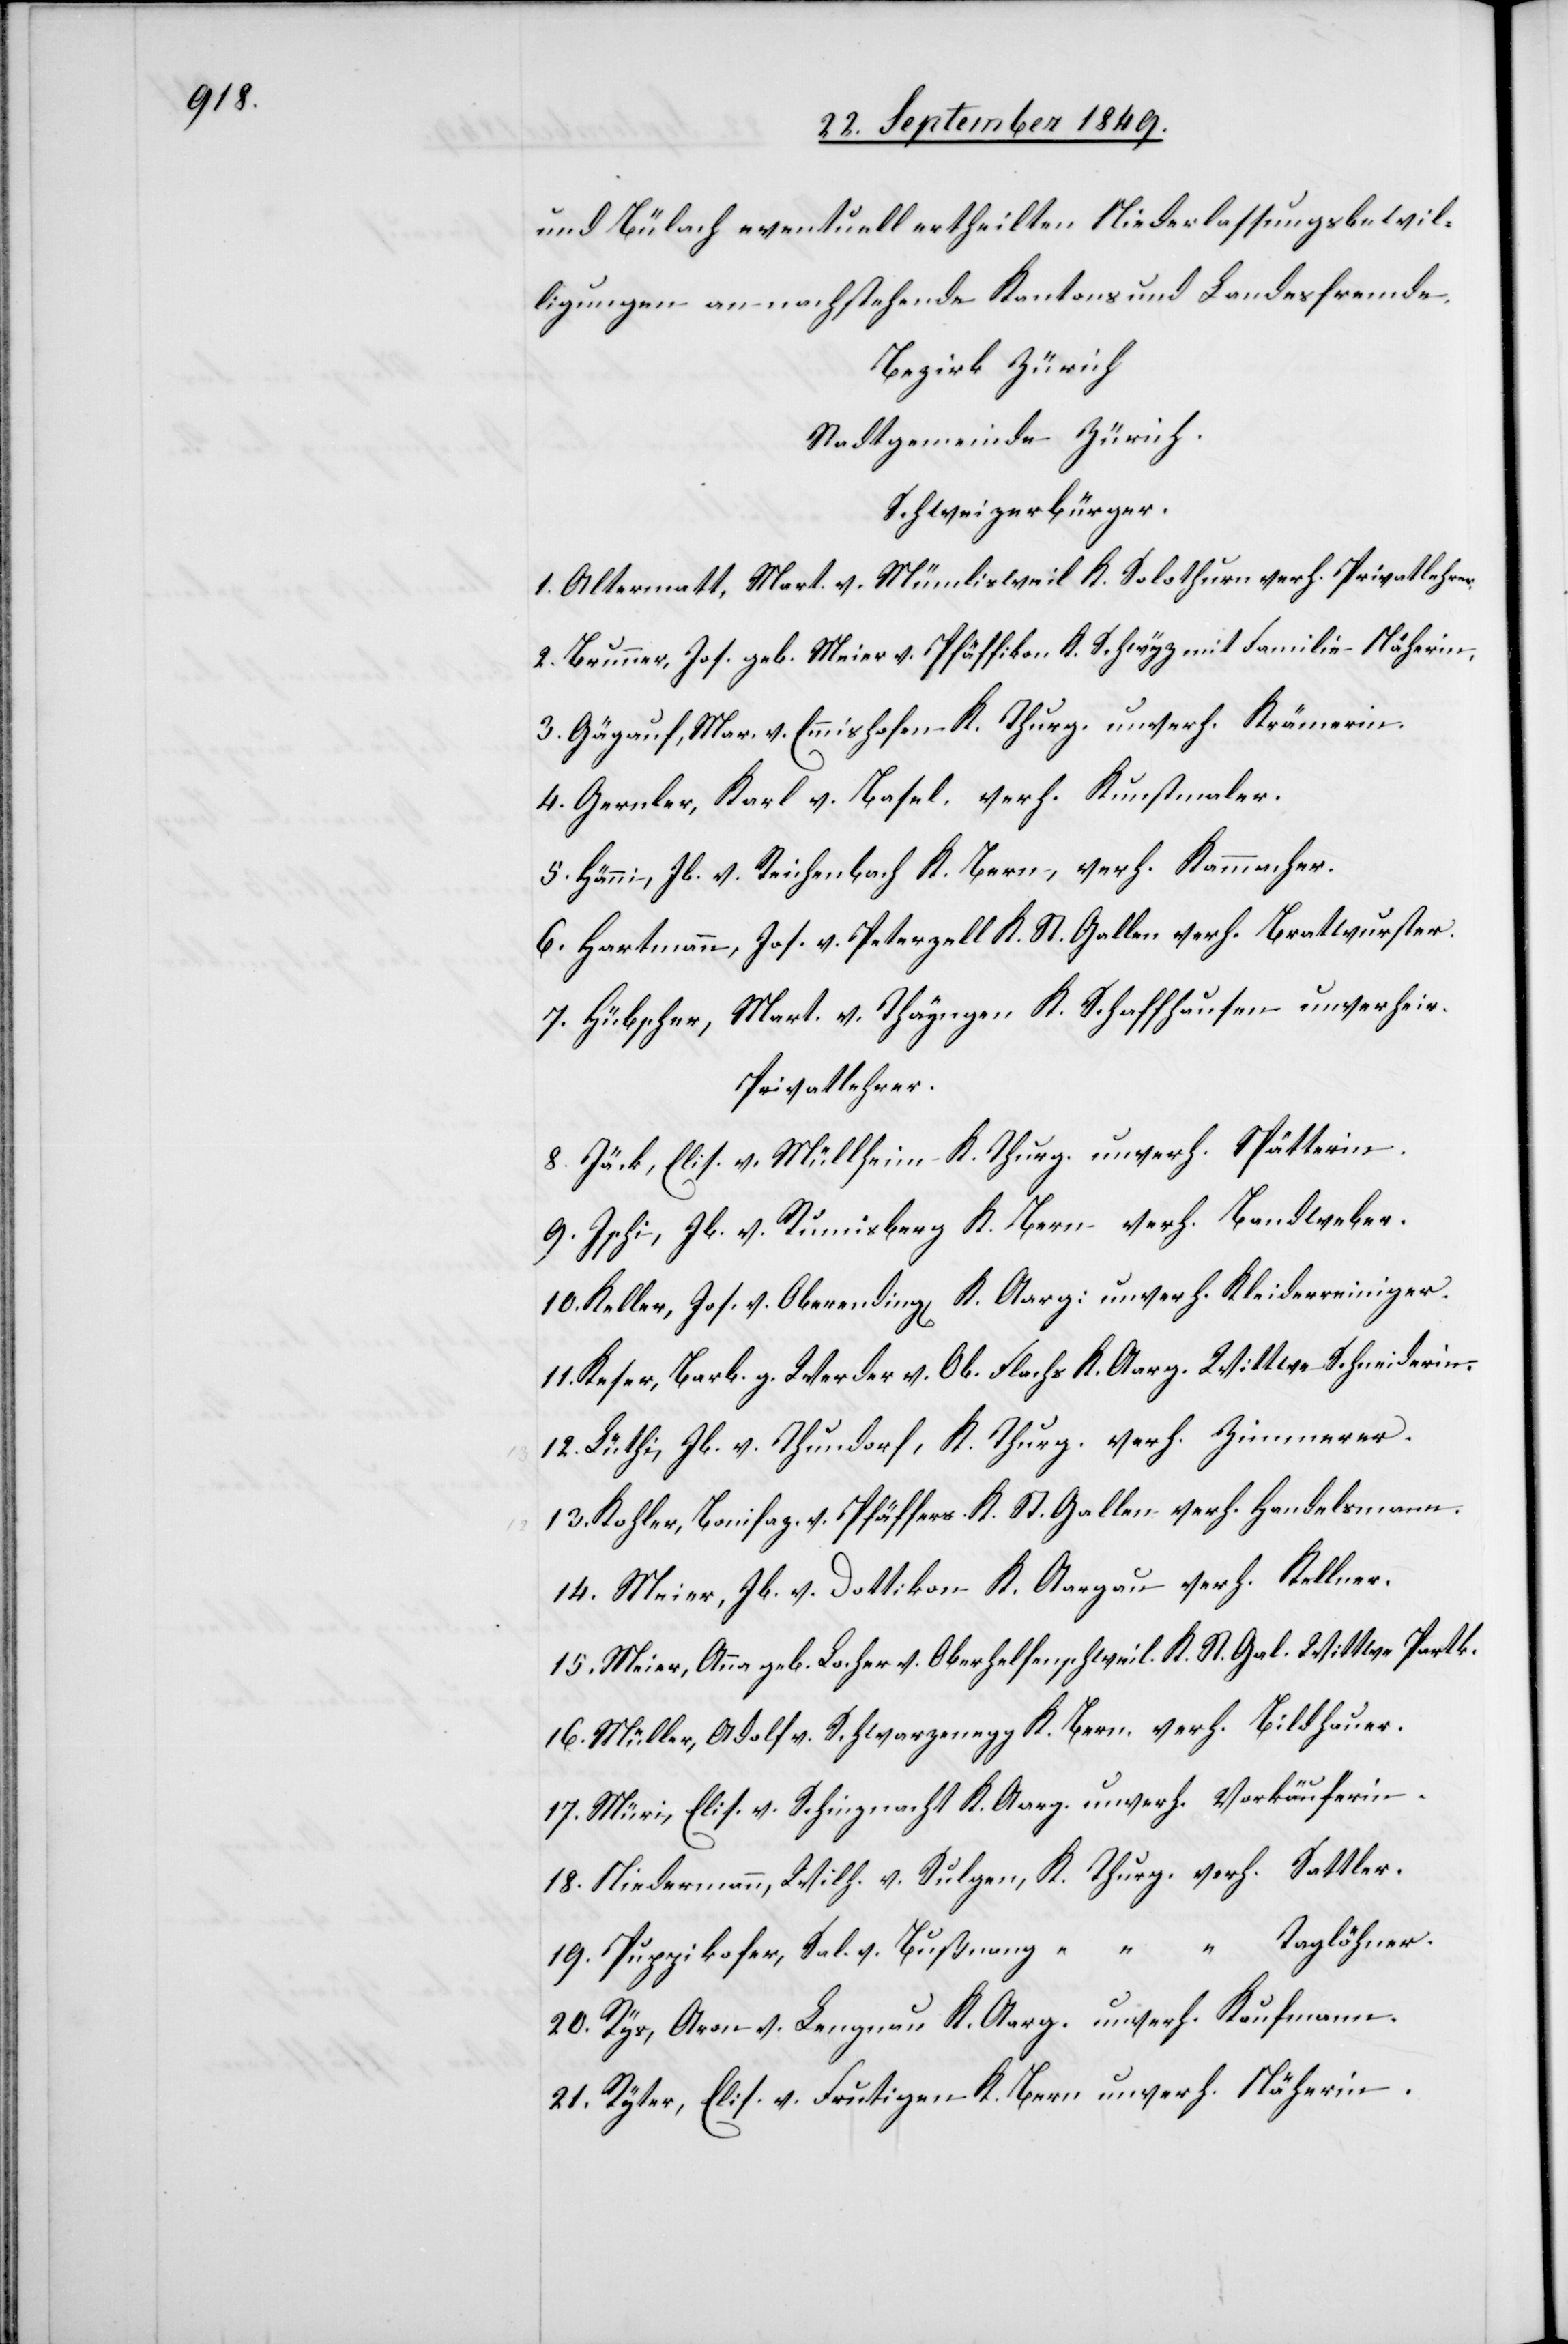
und Bülach eventuell ertheilten Niederlassungsbewil¬
ligungen an nachstehende Kantons und Landesfremde,
Bezirk Zürich
Stadtgemeinde Zürich.
Schweizerbürger.
1. Altermatt, Mart. v. Mümlisweil K. Solothurn verh. Privatlehrer.
2. Brunner, Jos. geb. Meier v. Pfäffikon K. Schwyz mit Familie Näherin.
3. Gäyauf, Mar. v. Ennishofen K. Thurg. unverh. Krämerin.
4. Gernler, Karl v. Basel, verh. Kunstmaler.
5. Hänni, Jb. v. Reichenbach K. Bern, verh. Kammacher.
6. Hartmann, Jos. v. Peterzell K. St. Gallen verh. Bratwurster.
7. Hübscher, Mart. v. Thayngen K. Schaffhausen unverheir.
Privatlehrer.
8. Jäck, Elis. v. Müllheim K. Thurg. unverh. Spätterin.
9. Ischi, Jb. v. Rumisberg K. Bern verh. Bandweber.
10. Keller, Jos. v. Obernding[en] K. Aarg: unverh. Kleiderreiniger.
11. Keser, Barb. z. Werder v. Ob. Flachs K. Aarg. Wittwe Schneiderin.
12. Lüthi, Jb. v. Thundorf, K. Thurg. verh. Zimmermann.
13. Kohler, Bonifaz. v. Pfäffers K. St. Gallen verh. Handelsmann.
14. Meier, Jb. v. Dottikon K. Aargau verh. Kellner.
15. Meier, Anna geb. Locher v. Oberhelfenschweil, K. St. Gal. Wittwe Partk.
16. Müller, Adolf v. Schwarzenegg K. Bern, verh. Bildhauer.
17. Müri, Elis. v. Schinznacht K. Aarg. unverh. Verkäuferin.
18. Niedermann, Wilh. v. Sulgen, K. Thurg. verh. Sattler.
19. Puppikofer, Sal. v. Bußnang, “ Taglöhner.
20. Rys, Aron v. Lengnau K. Aarg. unverh. Kaufmann.
21. Ryter, Elis. v. Frutigen K. Bern unverh. Näherin.